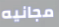
مجانيه